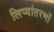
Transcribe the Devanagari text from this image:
लिप्यांतरणों